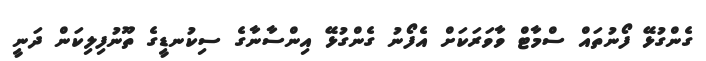
ގެންގުޅޭ ފޯނުތައް ސްމާޓް ވާވަރަކަށް އެފޯނު ގެންގުޅޭ އިންސާނާގެ ސިކުނޑީގެ ތޫނުފިލިކަން ދަނީ